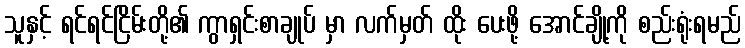
သူနှင့် ရင်ရင်ငြိမ်းတို့၏ ကွာရှင်းစာချုပ် မှာ လက်မှတ် ထိုး ပေးဖို့ အောင်ချို့ကို စည်းရုံးရမည်